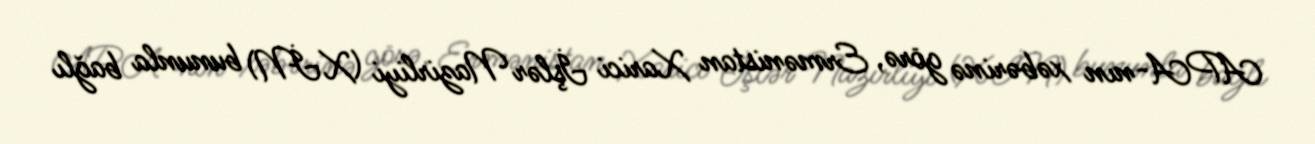
APA-nın xəbərinə görə, Ermənistan Xarici İşlər Nazirliyi (XİN) bununla bağlı